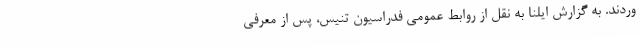
وردند. به گزارش ایلنا به نقل از روابط عمومی فدراسیون تنیس، پس از معرفی